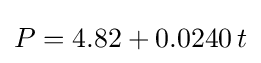
P=4.82+0.0240\,t